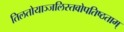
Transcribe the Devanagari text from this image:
तिलतोयाञ्जलिस्तवोपतिष्ठताम्